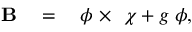
\begin{array} { r l r } { { \bf B } } & { { } = } & { { \bf \nabla } \phi ~ { \bf \times } ~ { \bf \nabla } \chi + g { \bf \nabla } \phi , } \end{array}